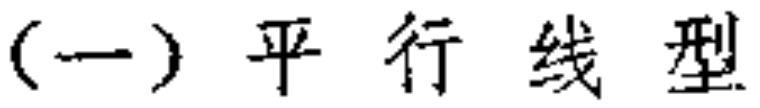
(一) 平行线型